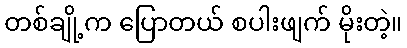
တစ်ချို့က ပြောတယ် စပါးဖျက် မိုးတဲ့။